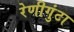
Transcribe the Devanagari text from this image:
रेणीगुंटा